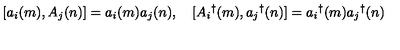
[ a _ { i } ( m ) , A _ { j } ( n ) ] = a _ { i } ( m ) a _ { j } ( n ) , \quad [ A _ { i } { } ^ { \dag } ( m ) , a _ { j } { } ^ { \dag } ( n ) ] = a _ { i } { } ^ { \dag } ( m ) a _ { j } { } ^ { \dag } ( n )